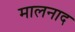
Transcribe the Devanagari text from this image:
मालनाद